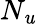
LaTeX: N_{\mathit{u}}